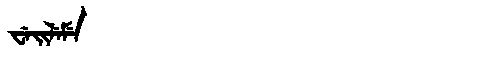
Manchu: ᠸᡝᡳᠯᡝᠮᡝ
Romanization: WEILEME